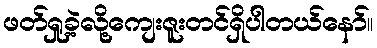
ဖတ်ရှု့ခဲ့လို့ကျေးဇူးတင်ရှိပါတယ်နော်။